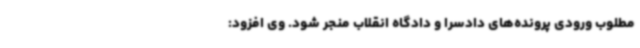
مطلوب ورودی پرونده‌های دادسرا و دادگاه انقلاب منجر شود. وی افزود: